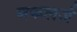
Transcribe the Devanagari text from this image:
मकलर्ज